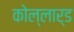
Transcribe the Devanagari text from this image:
कोल्लार्ड